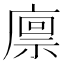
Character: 𢊬